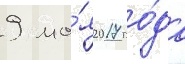
9 ма́я 2017 го́да